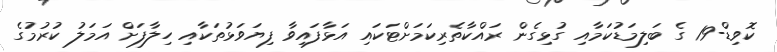
ކޮވިޑް-19 ގެ ބަލިމަޑުކަމާއި ގުޅިގެން ރައްކާތެރިކަމަށްޓަކައި އަޅާފައިވާ ފިޔަވަޅުތަކާއި ހިލާފަށް އަމަލު ކުރުމުގެ